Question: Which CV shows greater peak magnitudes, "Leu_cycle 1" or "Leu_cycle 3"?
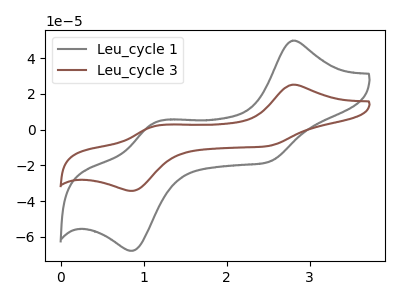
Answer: <think>The gray curve "Leu_cycle 1" has anodic peaks at (2.80V, 49.80uA) (1.15V, 4.00uA) and cathodic peaks at (2.50V, -18.20uA) (0.85V, -67.80uA). The brown curve "Leu_cycle 3" has anodic peaks at (2.80V, 25.15uA) (1.15V, 2.00uA) and cathodic peaks at (2.50V, -9.20uA) (0.85V, -34.25uA).</think>
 <answer>Every peak in "Leu_cycle 1" is higher than every peak in "Leu_cycle 3".</answer>
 <eval>higher</eval>